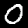
Label: 0